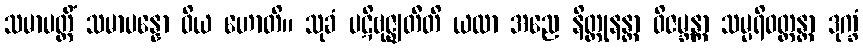
သမာပတ္တိံ သမာပန္နော ဝိယ ဟောတိ။ သုခံ ပဋိဗုဇ္ဈတီတိ ယထာ အညေ နိတ္ထုနန္တာ ဝိဇမ္ဘန္တာ သမ္ပရိဝတ္တန္တာ ဒုက္ခံ